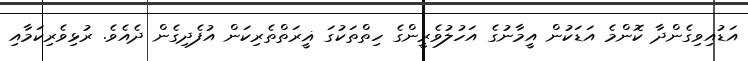
އަޑުއިވިގެންދާ ކޮންމެ އަޑަކުން އީމާނުގެ އަހުލުވެރީންގެ ހިތްތަކުގަ ޣީރަތްތެރިކަން އުފެދިގެން ދެއެވެ. ރުޅިވެރިކަމާއި